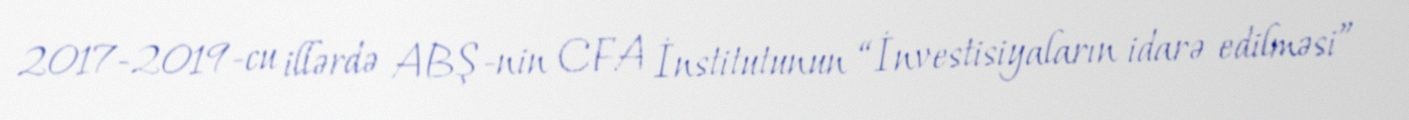
2017-2019-cu illərdə ABŞ-nin CFA İnstitutunun “İnvestisiyaların idarə edilməsi”